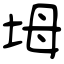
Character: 坶